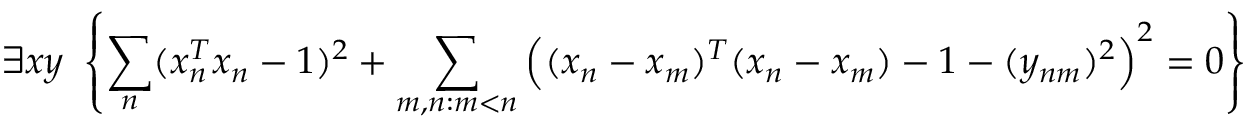
\exists x y \ \left\{ \sum _ { n } ( x _ { n } ^ { T } x _ { n } - 1 ) ^ { 2 } + \sum _ { m , n : m < n } { \Big ( } ( x _ { n } - x _ { m } ) ^ { T } ( x _ { n } - x _ { m } ) - 1 - ( y _ { n m } ) ^ { 2 } { \Big ) } ^ { 2 } = 0 \right\}